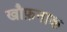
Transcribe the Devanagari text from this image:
खौफ़नाक